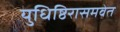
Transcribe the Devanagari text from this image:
युधिष्ठिरासमवेत